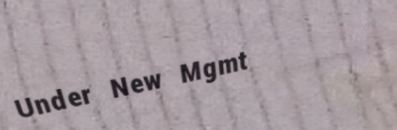
Under New Mgmt